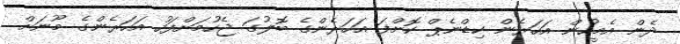
ދެން އެމީހުން އަހަރެން ކިޑްނެޕް ކޮށްފަ އަހަރެންގެ ބޮލުގަ ޖެހުމަށްފަހު އަހަރެންގެ މޫނަށް